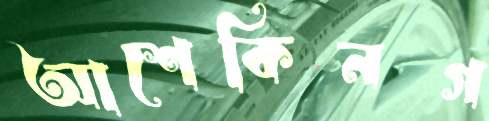
আশেকিনগ